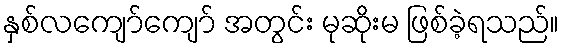
နှစ်လကျော်ကျော် အတွင်း မုဆိုးမ ဖြစ်ခဲ့ရသည်။